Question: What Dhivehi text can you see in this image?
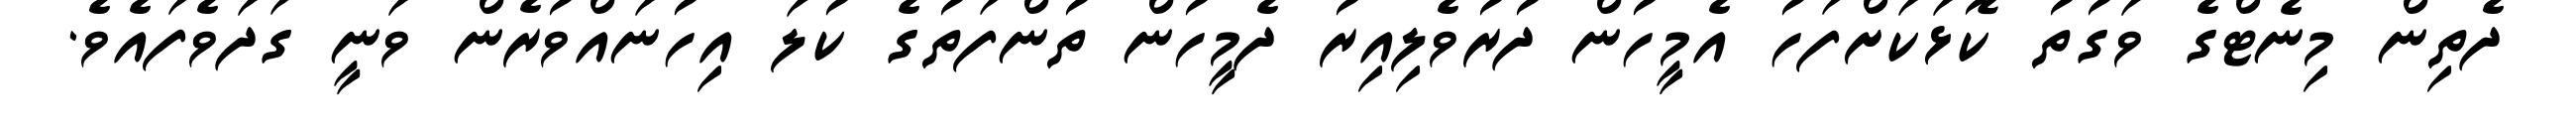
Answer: ދެތިން މިނެޓްގެ ވަގުތު ކޮޅަކަށްފަހު އެމީހުން ދުރުވެލިއިރު ދެމީހުން ތުންފަތުގެ ކުލަ އިހުނައްވުރެން ވަނީ ގަދަވެފައެވެ.